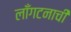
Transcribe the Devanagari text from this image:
लाँगटनाची